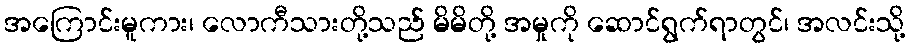
အကြောင်းမူကား၊ လောကီသားတို့သည် မိမိတို့ အမှုကို ဆောင်ရွက်ရာတွင်၊ အလင်းသို့